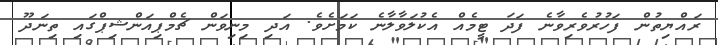
ރައްޔިތުން ފަހުރުވެރިވާނެ ފަދަ ޓީމެއް އެކުލަވާލާނެ ކަމަށެވެ. އަދި މިނިވަން ޗެމްޕިއަންޝިޕްގައި ތިނަދޫ